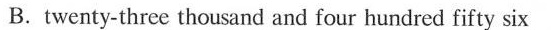
B. twenty-three thousand and four hundred fifty six